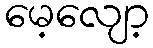
မေ့လျော့